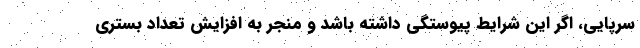
سرپایی، اگر این شرایط پیوستگی داشته باشد و منجر به افزایش تعداد بستری